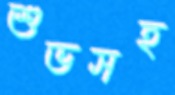
শুভসহ